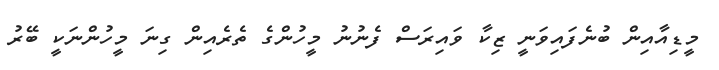
މީޑިއާއިން ބުނެފައިވަނީ ޒިކާ ވައިރަސް ފެނުނު މީހުންގެ ތެރެއިން ގިނަ މީހުންނަކީ ބޭރު